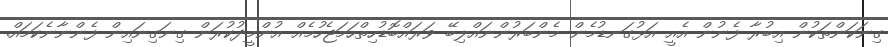
ގިނަކަންތަކުން އިބުރާ ފެނުން އެއީ އަޅުގަނޑުމެން މެންބަރުންނައްލިބޭ ވަރައްބޮޑުހިތްހަމަޖެހުމެއް އުންމީދުކުރަން ގިނަގިނައިން ފެންނާނެކަމައް.